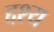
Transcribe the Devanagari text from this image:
द्दश्य